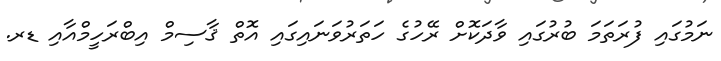
ނަމުގައި ފުރަތަމަ ބުރުގައި ވާދަކޮށް ރޭހުގެ ހަތަރުވަނައިގައި އޮތް ޤާސިމް އިބްރަހީމްއާއި ޑރ.